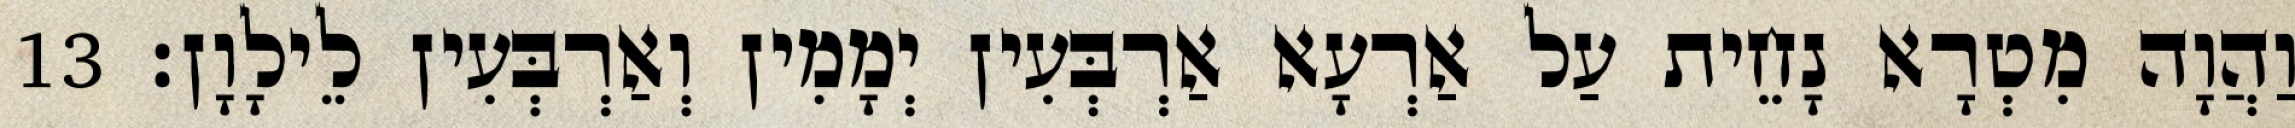
וַהֲוָה מִטְרָא נָחֵית עַל אַרְעָא אַרְבְּעִין יְמָמִין וְאַרְבְּעִין לֵילָוָן׃ 13